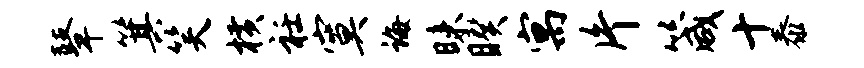
鼙箕笑横衽寞诲昧睽寓片箴十泰